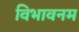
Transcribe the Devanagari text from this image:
विभावनम